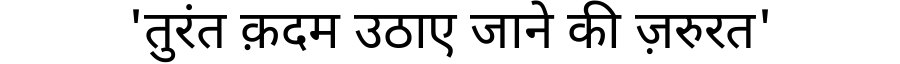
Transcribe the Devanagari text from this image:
'तुरंत क़दम उठाए जाने की ज़रुरत'